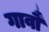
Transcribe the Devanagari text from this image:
गावौं